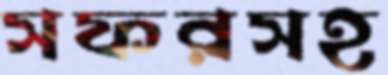
সফরসহ